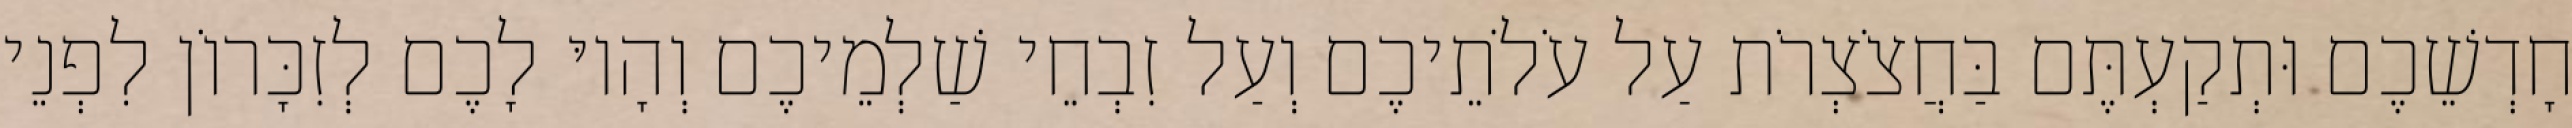
חָדְשֵׁכֶם וּתְקַעְתֶּם בַּחֲצֹצְרֹת עַל עֹלֹתֵיכֶם וְעַל זִבְחֵי שַׁלְמֵיכֶם וְהָיוּ לָכֶם לְזִכָּרוֹן לִפְנֵי